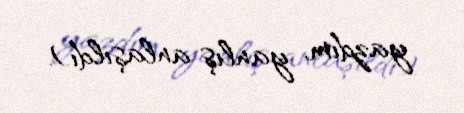
yazdım, yanlış anlaşıldı).